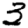
Digit: 3